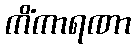
ကိံကာရဏာ